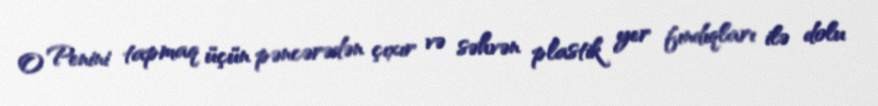
O Penini tapmaq üçün pəncərədən çıxır və səhvən plastik yer fındıqları ilə dolu